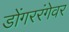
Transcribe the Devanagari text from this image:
डोंगररंगेवर